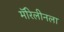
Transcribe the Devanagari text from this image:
मॅरिलीनला